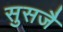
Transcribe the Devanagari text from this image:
सुसजै